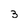
Character: 3